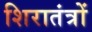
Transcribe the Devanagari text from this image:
शिरातंत्रों